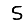
Digit: 5